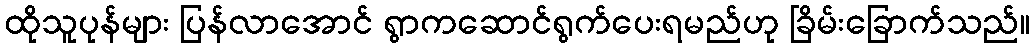
ထိုသူပုန်များ ပြန်လာအောင် ရွာကဆောင်ရွက်ပေးရမည်ဟု ခြိမ်းခြောက်သည်။